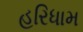
હરિધામ